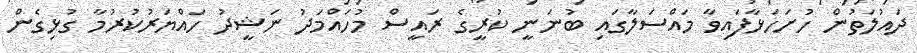
ދައުލަތުން ހުށަހަޅާފައިވާ މައްސަލާގައި ބުނަނީ ކުރީގެ ރައީސް މުހައްމަދު ނަޝީދު ހައްޔަރުކުރުމާ ގުޅިގެން